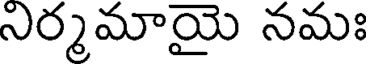
నిర్మమాయై నమః